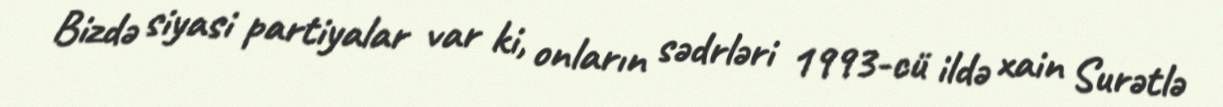
Bizdə siyasi partiyalar var ki, onların sədrləri 1993-cü ildə xain Surətlə